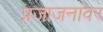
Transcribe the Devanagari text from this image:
प्रजाजनांवर